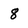
Character: 8